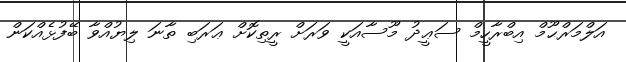
އަލްމަރްޙޫމް އިބްރާހީމް ސަޢީދު މޫސާއަކީ ވަރަށް ރީތިކޮށް ޢަރަބި ތާނަ ލިޔުއްވާ ބޭފުޅެއްކަން